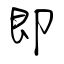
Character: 即